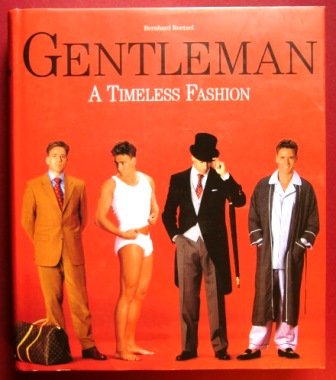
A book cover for Gentleman: A Timeless Fashion; Bernhard Roetzel; Health, Fitness & Dieting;